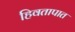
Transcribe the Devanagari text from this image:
हिवतापात